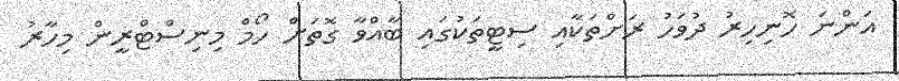
އަންނަ ހޮނިހިރު ދުވަހު ރަށްތަކާއި ސިޓީތަކުގައި ބާއްވާ ގޮތަށް ހޯމް މިނިސްޓްރީން މިހާރު